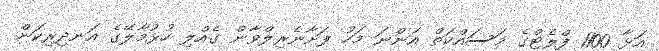
އަޅާ 1100 ފްލެޓްގެ މަސައްކަތް އަންނަ މަހު ފަށާނެރިލްވާން ގެއްލި ހުޅުމާލޭގެ އަނދިރިކަން